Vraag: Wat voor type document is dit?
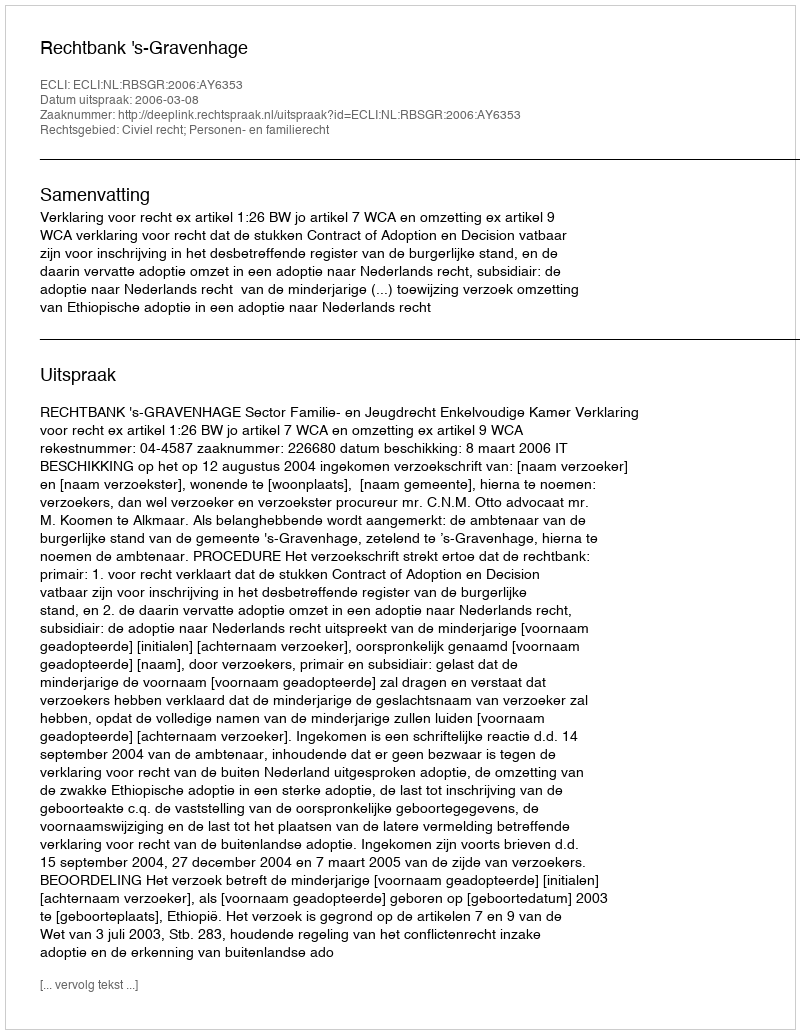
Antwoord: Uitspraak